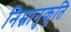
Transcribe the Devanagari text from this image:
निम्नानुकृति